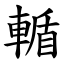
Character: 輴